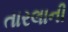
તારલાની